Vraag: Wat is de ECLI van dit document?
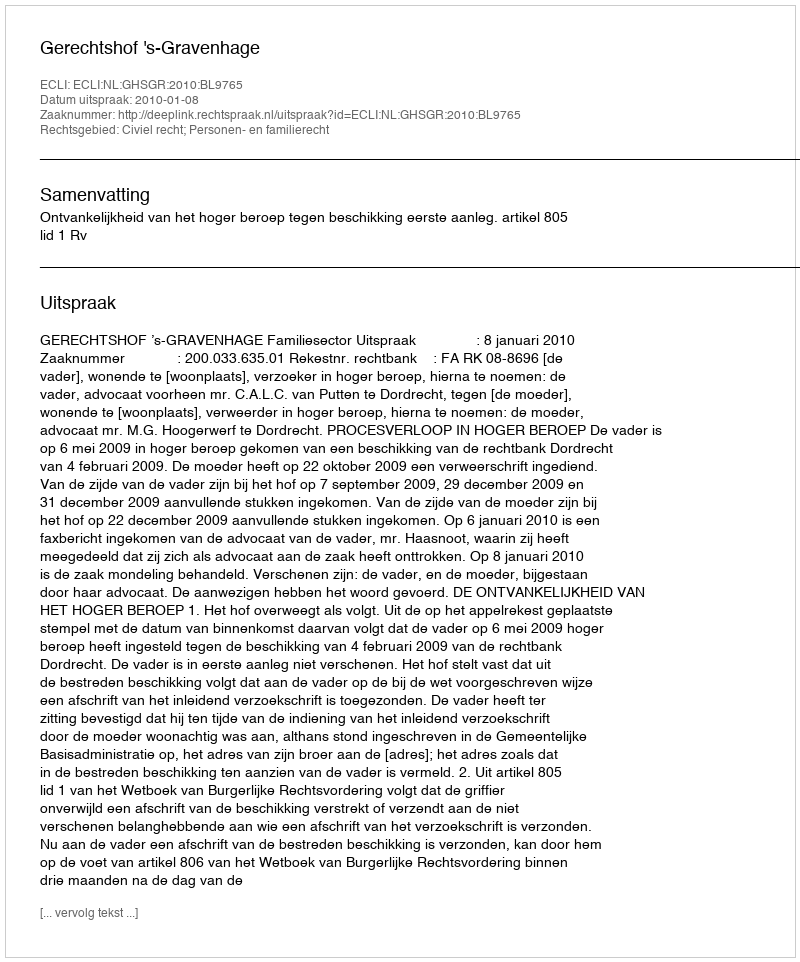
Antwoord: ECLI:NL:GHSGR:2010:BL9765